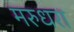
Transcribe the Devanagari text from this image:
मरुधरा